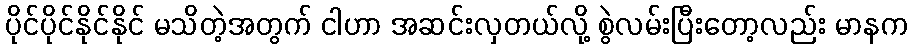
ပိုင်ပိုင်နိုင်နိုင် မသိတဲ့အတွက် ငါဟာ အဆင်းလှတယ်လို့ စွဲလမ်းပြီးတော့လည်း မာနက